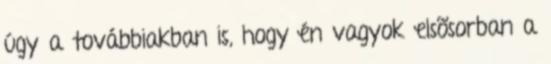
úgy a továbbiakban is, hogy én vagyok elsõsorban a